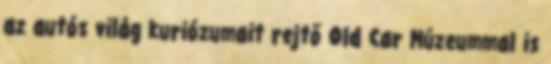
az autós világ kuriózumait rejtő Old Car Múzeummal is